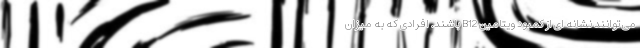
می توانند نشانه ای از کمبود ویتامین B12 باشند. افرادی که به میزان